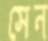
সেন